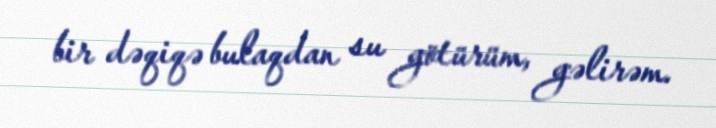
bir dəqiqə bulaqdan su götürüm, gəlirəm.